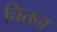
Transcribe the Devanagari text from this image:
चितन